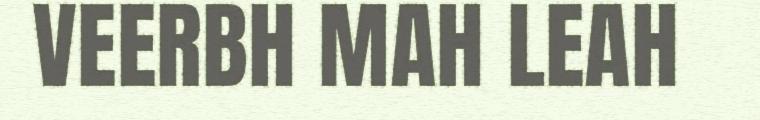
VEERBH MAH LEAH